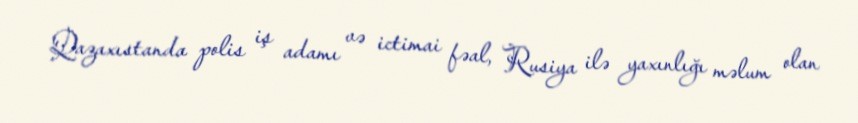
Qazaxıstanda polis iş adamı və ictimai fəal, Rusiya ilə yaxınlığı məlum olan